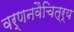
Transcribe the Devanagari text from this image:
वर्णनवैचित्र्य